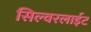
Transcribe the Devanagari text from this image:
सिल्वरलाईट